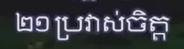
២១ ប្រវាស់ចិត្ត